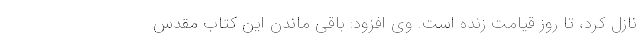
نازل کرد، تا روز قیامت زنده است. وی افزود: باقی ماندن این کتاب مقدس